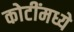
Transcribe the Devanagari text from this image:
कोटींमध्ये